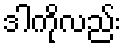
ဒါကိုလည်း